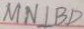
M N \bot B D